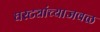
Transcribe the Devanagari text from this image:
घरट्यांच्याजवळ